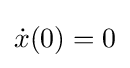
{\dot {x}}(0)=0